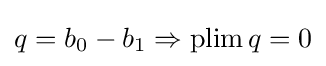
q=b_{0}-b_{1}\Rightarrow \operatorname {plim} q=0